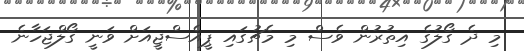
މި ދެ ގޯލުގެ އިތުރުން ވެސް މި މެޗުގައި ޕީއެސްޖީއަށް ވަނީ ގޯލްޖަހާނެ